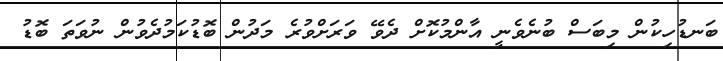
ބަނޑުހިކުން މިބަސް ބުނެވެނީ އާންމުކޮށް ދެވޭ ވަރަށްވުރެ މަދުން ބޮޑުކަމުދެވުން ނުވަތަ ބޮޑު